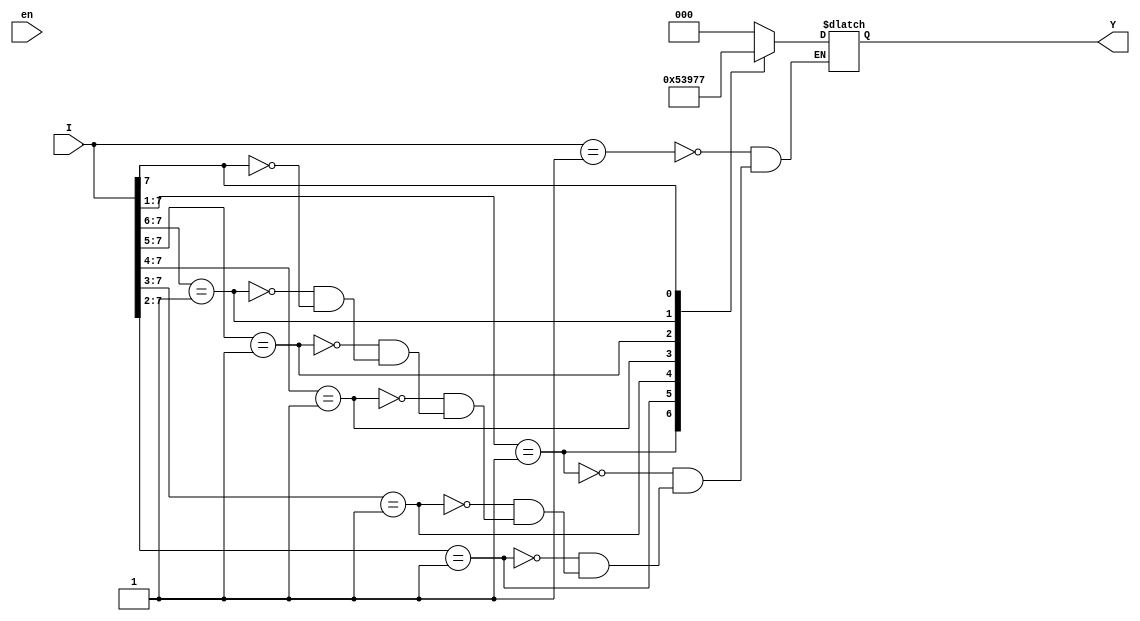
//Behavioral description of Encoder with priority
//See example 9-6
module top(I,Y,en);
input [7:0]I;
input en;
output [2:0]Y;
reg [2:0]Y;
always @(I)
begin
	casex(I)
	8'b00000001 : Y=3'b000;
	8'b0000001x : Y=3'b001;
	8'b000001xx : Y=3'b010;
	8'b00001xxx : Y=3'b011;
	8'b0001xxxx : Y=3'b100;
	8'b001xxxxx : Y=3'b101;
	8'b01xxxxxx : Y=3'b110;
	8'b1xxxxxxx : Y=3'b111;
	endcase
end	
endmodule